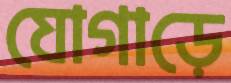
যোগাড়ে